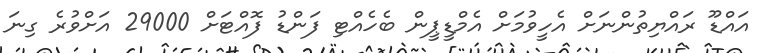
އައްޑޫ ރައްޔިތުންނަށް އެހީވުމަށް އެމްޑީޕީން ބެހެއްޓި ފަންޑު ފޮއްޓަށް 29000 އަށްވުރެ ގިނަ